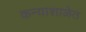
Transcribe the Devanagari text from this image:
कन्याशाळेत